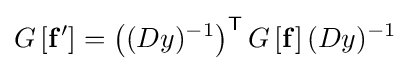
G\left[\mathbf {f} '\right]=\left((Dy)^{-1}\right)^{\mathsf {T}}G\left[\mathbf {f} \right](Dy)^{-1}